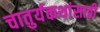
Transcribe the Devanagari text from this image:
चातुर्यकथांसाठी